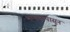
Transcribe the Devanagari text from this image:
भाषणापासून